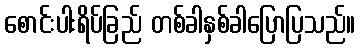
စောင်းပါးရိပ်ခြည် တစ်ခါနှစ်ခါပြောပြသည်။